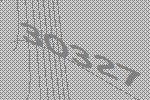
30327